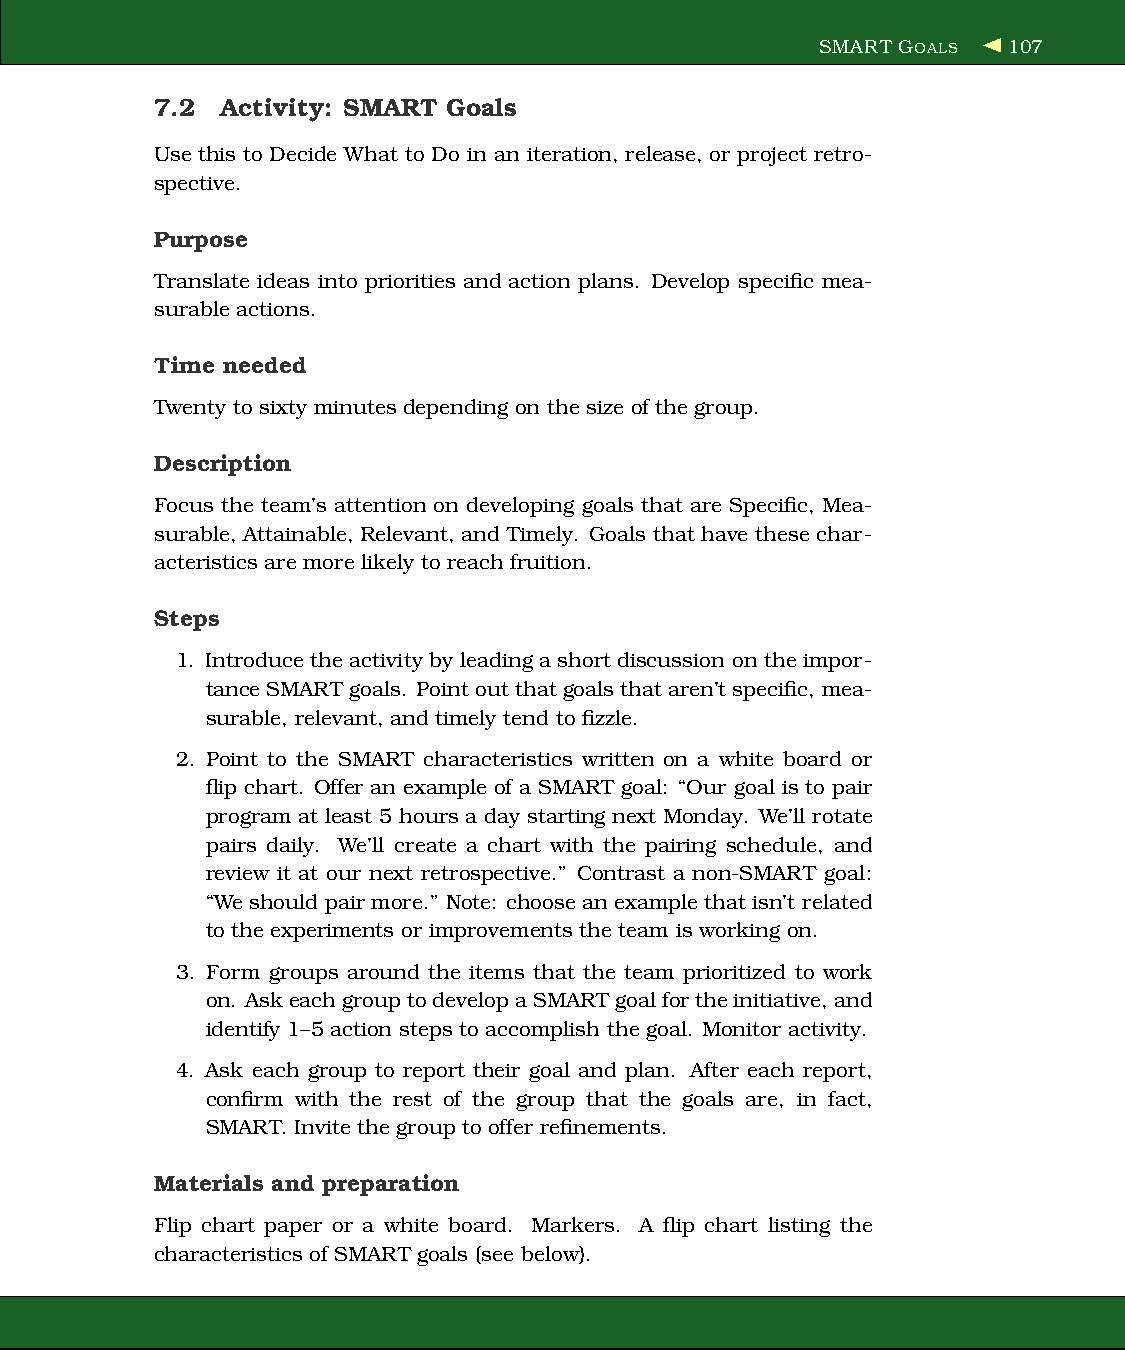
SMART GOALS  107
 7.2  Activity: SMART Goals
 Use this to Decide What to Do in an iteration, release, or project retro-
 spective.
 Purpose
 Translate ideas into priorities and action plans. Develop specific mea-
 surable actions.
 Time needed
 Twenty to sixty minutes depending on the size of the group.
 Description
 Focus the team’s attention on developing goals that are Specific, Mea-
 surable, Attainable, Relevant, and Timely. Goals that have these char-
 acteristics are more likely to reach fruition.
 Steps
 1. Introduce the activity by leading a short discussion on the impor-
 tanceSMART goals. Point out thatgoals thataren’tspecific, mea-
 surable, relevant, and timely tend to fizzle.
 2. Point to the SMART characteristics written on a white board or
 flip chart. Offer an example of a SMART goal: “Our goal is to pair
 program at least 5 hours a day starting next Monday. We’ll rotate
 pairs daily. We’ll create a chart with the pairing schedule, and
 review it at our next retrospective.” Contrast a non-SMART goal:
 “We should pair more.” Note: choose an example thatisn’t related
 to the experiments or improvements the team is working on.
 3. Form groups around the items that the team prioritized to work
 on. AskeachgrouptodevelopaSMARTgoalfortheinitiative,and
 identify 1–5 action steps to accomplish the goal. Monitor activity.
 4. Ask each group to report their goal and plan. After each report,
 confirm with the rest of the group that the goals are, in fact,
 SMART. Invite the group to offer refinements.
 Materials and preparation
 Flip chart paper or a white board. Markers. A flip chart listing the
 characteristicsof SMART goals (see below).